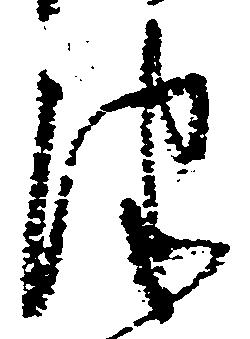
津